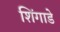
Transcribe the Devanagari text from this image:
शिंगाडे